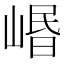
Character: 㟭